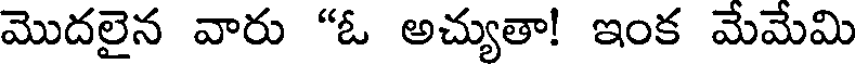
మొదలైన వారు "ఓ అచ్యుతా! ఇంక మేమేమి